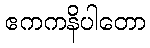
ဧကကနိပါတော